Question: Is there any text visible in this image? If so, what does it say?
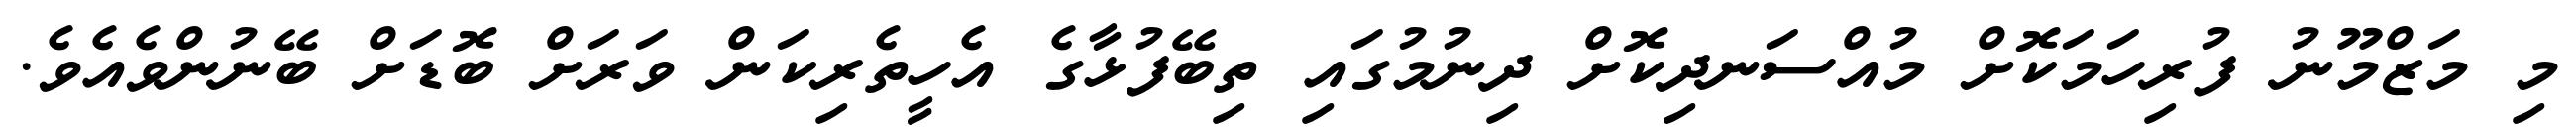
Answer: މި މަޒްމޫނު ފުރިހަމަކޮށް މުއްސަނދިކޮށް ދިނުމުގައި ތިބޭފުޅާގެ އެހީތެރިކަން ވަރަށް ބޮޑަށް ބޭނުންވެއެވެ.